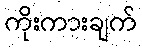
ကိုးကားချက်